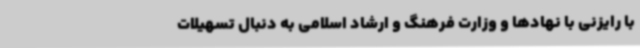
با رایزنی با نهادها ‌و وزارت فرهنگ و ارشاد اسلامی به دنبال تسهیلات